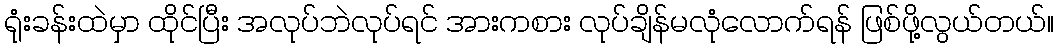
ရုံးခန်းထဲမှာ ထိုင်ပြီး အလုပ်ဘဲလုပ်ရင် အားကစား လုပ်ချိန်မလုံလောက်ရန် ဖြစ်ဖို့လွယ်တယ်။